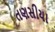
તણસીયા